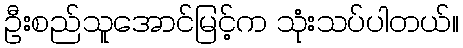
ဦးစည်သူအောင်မြင့်က သုံးသပ်ပါတယ်။